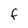
Character: f